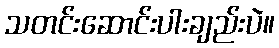
သတင်းဆောင်းပါးချည်းပဲ။